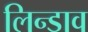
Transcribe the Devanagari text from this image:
लिन्डाव